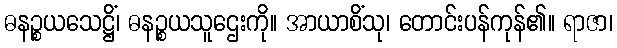
ဓနဉ္စယသေဋ္ဌိံ၊ ဓနဉ္စယသူဌေးကို။ အာယာစိံသု၊ တောင်းပန်ကုန်၏။ ရာဇာ၊